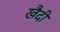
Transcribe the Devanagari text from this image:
खैदी